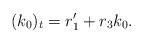
LaTeX: \begin{align*}(k_0)_t = r_1'+ r_3 k_0.\end{align*}